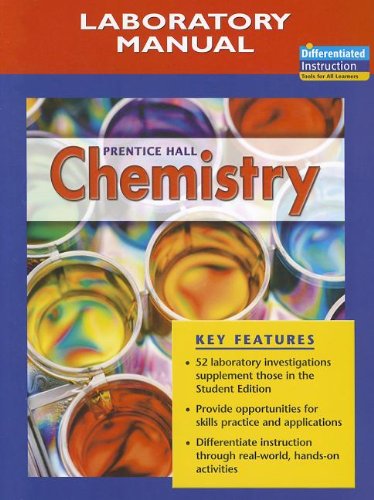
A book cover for Chemistry (Laboratory Manual); Antony C. Wilbraham; Teen & Young Adult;